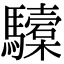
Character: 驝